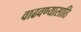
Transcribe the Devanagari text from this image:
वाढवण्यासाठि